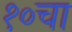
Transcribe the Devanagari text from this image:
१०चा